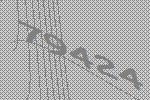
79424